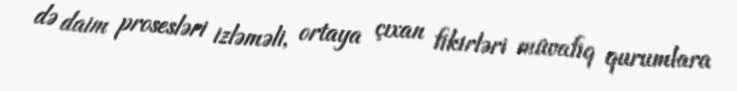
də daim prosesləri izləməli, ortaya çıxan fikirləri müvafiq qurumlara